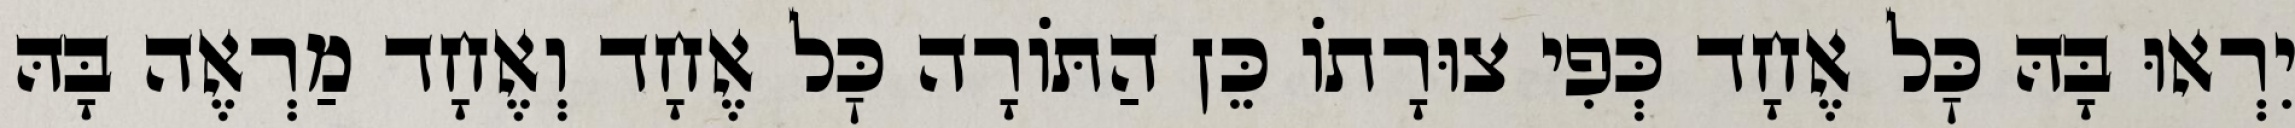
יִרְאוּ בָּהּ כׇּל אֶחָד כְּפִי צוּרָתוֹ כֵּן הַתּוֹרָה כׇּל אֶחָד וְאֶחָד מַרְאֶה בָּהּ